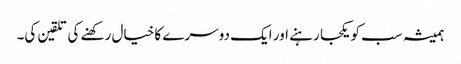
ہمیشہ سب کو یکجا رہنے اور ایک دوسرے کا خیال رکھنے کی تلقین کی۔